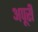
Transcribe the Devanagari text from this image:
अपूरी